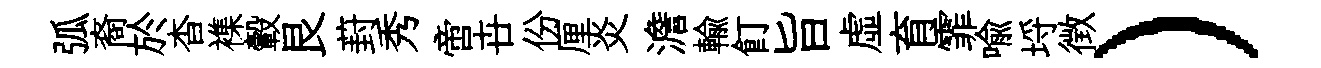
弧裔於杳襍轂艮葑秀啻卋份厘炎澹輸飣旨虛育霏喩埓徴）